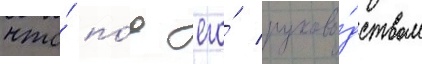
что́ по́д его́ руково́дством